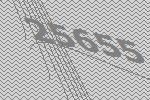
25655